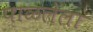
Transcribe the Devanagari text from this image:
पाळलेला